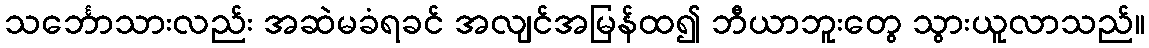
သင်္ဘောသားလည်း အဆဲမခံရခင် အလျင်အမြန်ထ၍ ဘီယာဘူးတွေ သွားယူလာသည်။